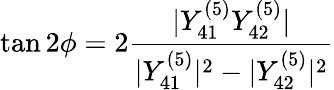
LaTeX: \tan{2\phi}=2\frac{|Y_{41}^{(5)}Y_{42}^{(5)}|}{|Y_{41}^{(5)}|^{2}-|Y_{42}^{(5)}|^{2}}